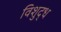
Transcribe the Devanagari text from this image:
विशुद्‍ध